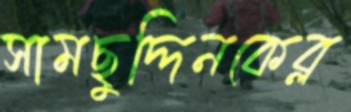
সামছুদ্দিনকেব্ল